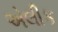
એલીક